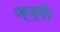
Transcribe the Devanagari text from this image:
ज्ज्ये।